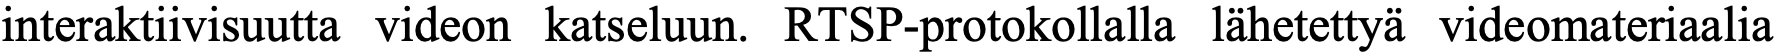
interaktiivisuutta videon katseluun. RTSP-protokollalla lähetettyä videomateriaalia